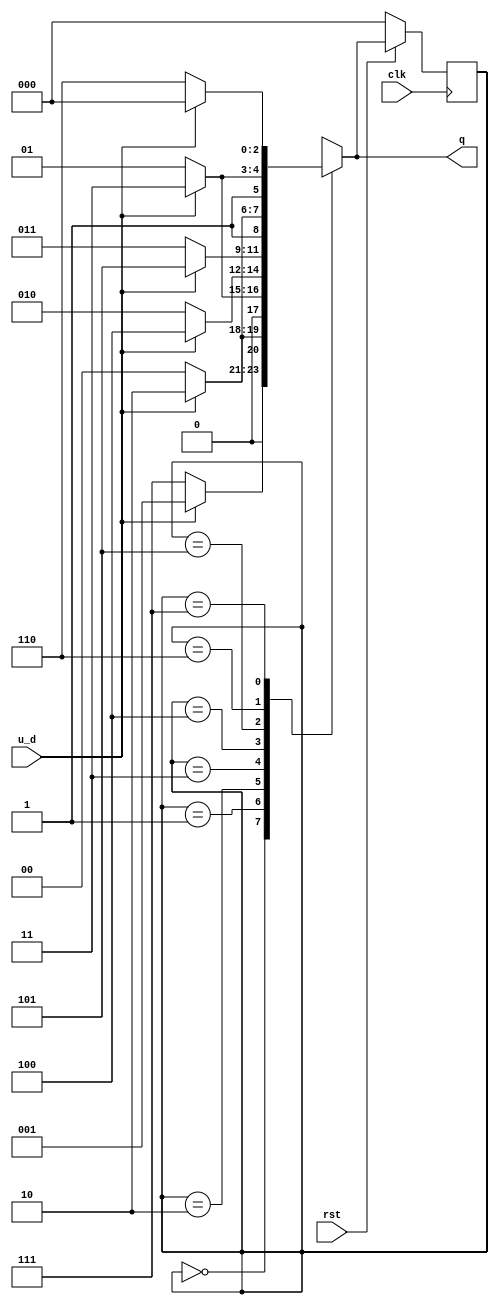
`timescale 1ns / 1ps
//////////////////////////////////////////////////////////////////////////////////
// Company: 
// Engineer: 
// 
// Design Name: 
// Module Name: Up_Down_Counter
// Project Name: 
// Target Devices: 
// Tool Versions: 
// Description: 
// 
// Dependencies: 
// 
// Revision:
// Revision 0.01 - File Created
// Additional Comments:
// 
//////////////////////////////////////////////////////////////////////////////////

module Up_Down_Counter (clk, rst, u_d, q);

input clk,rst,u_d;
output reg [2:0]q;

reg [2:0] state;
reg [2:0] Next_state;
parameter        CERO = 3'b000,
                 UNO = 3'b001,
                 DOS = 3'b010,
                 TRES = 3'b011,
                 CUATRO = 3'b100,
                 CINCO = 3'b101,
                 SEIS = 3'b110,
                 SIETE = 3'b111;
 
always @(posedge clk)
begin
    if (!rst)
    begin
       state <= CERO;
    end
    else begin
       state <= Next_state;
    end
end

always @(state,u_d)
begin
    case (state)
        CERO : begin if( u_d )begin 
                Next_state = UNO;
                q = UNO;
                end
               else begin 
                Next_state = SIETE;
                q = SIETE;
               end
               end
        UNO : begin if( u_d )begin
                 Next_state = DOS;
                 q = DOS;
                 end
               else begin 
                 Next_state = CERO;
                 q = CERO;
               end
             end
        DOS : begin if( u_d ) begin
                Next_state = TRES;
                q = TRES;
              end
               else begin 
               Next_state = UNO;
               q = UNO;
               end
             end
        TRES : begin if( u_d ) begin 
                Next_state = CUATRO;
                q = CUATRO;
                end
               else begin 
                Next_state = DOS;
                q = DOS;
               end
              end
        CUATRO : begin if( u_d )begin
                   Next_state = CINCO;
                   q = CINCO;
                end
               else begin 
                   Next_state = TRES;
                   q = TRES;
                end
               end
        CINCO : begin if( u_d )begin
                   Next_state = SEIS;
                   q = SEIS;
                end
                else begin 
                   Next_state = CUATRO;
                   q = CUATRO;
                end
               end
        SEIS : begin if( u_d ) begin
                   Next_state = SIETE;
                   q = SIETE;
                   end
               else begin 
                   Next_state = CINCO;
                   q = CINCO;
               end
              end 
        SIETE : begin if( u_d ) begin
                   Next_state = CERO;
                   q = CERO;
                end
               else begin 
                   Next_state = SEIS;
                   q = SEIS;
               end
               end
    endcase
end
endmodule